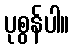
ပုစွန်ပါ။